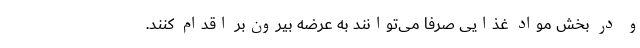
و در بخش مواد غذایی صرفاً می‌توانند به عرضه بیرون‌بر اقدام کنند.